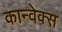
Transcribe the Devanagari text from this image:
कान्वेक्स